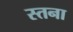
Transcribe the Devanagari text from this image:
स्तना